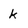
Character: k